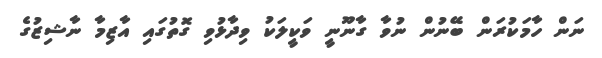
ނަން ހާމަކުރަން ބޭނުން ނުވާ ގާނޫނީ ވަކީލަކު ވިދާޅުވި ގޮތުގައި އާޒިމާ ނާޝިޒުގެ